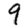
Digit: 9